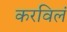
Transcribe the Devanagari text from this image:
करविलं